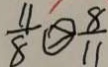
\frac { 4 } { 8 } \textcircled { > } \frac { 8 } { 1 1 }